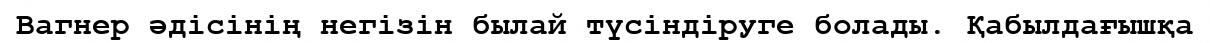
Вагнер әдісінің негізін былай түсіндіруге болады. Қабылдағышқа